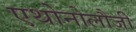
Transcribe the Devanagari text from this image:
एथोनोलौजी